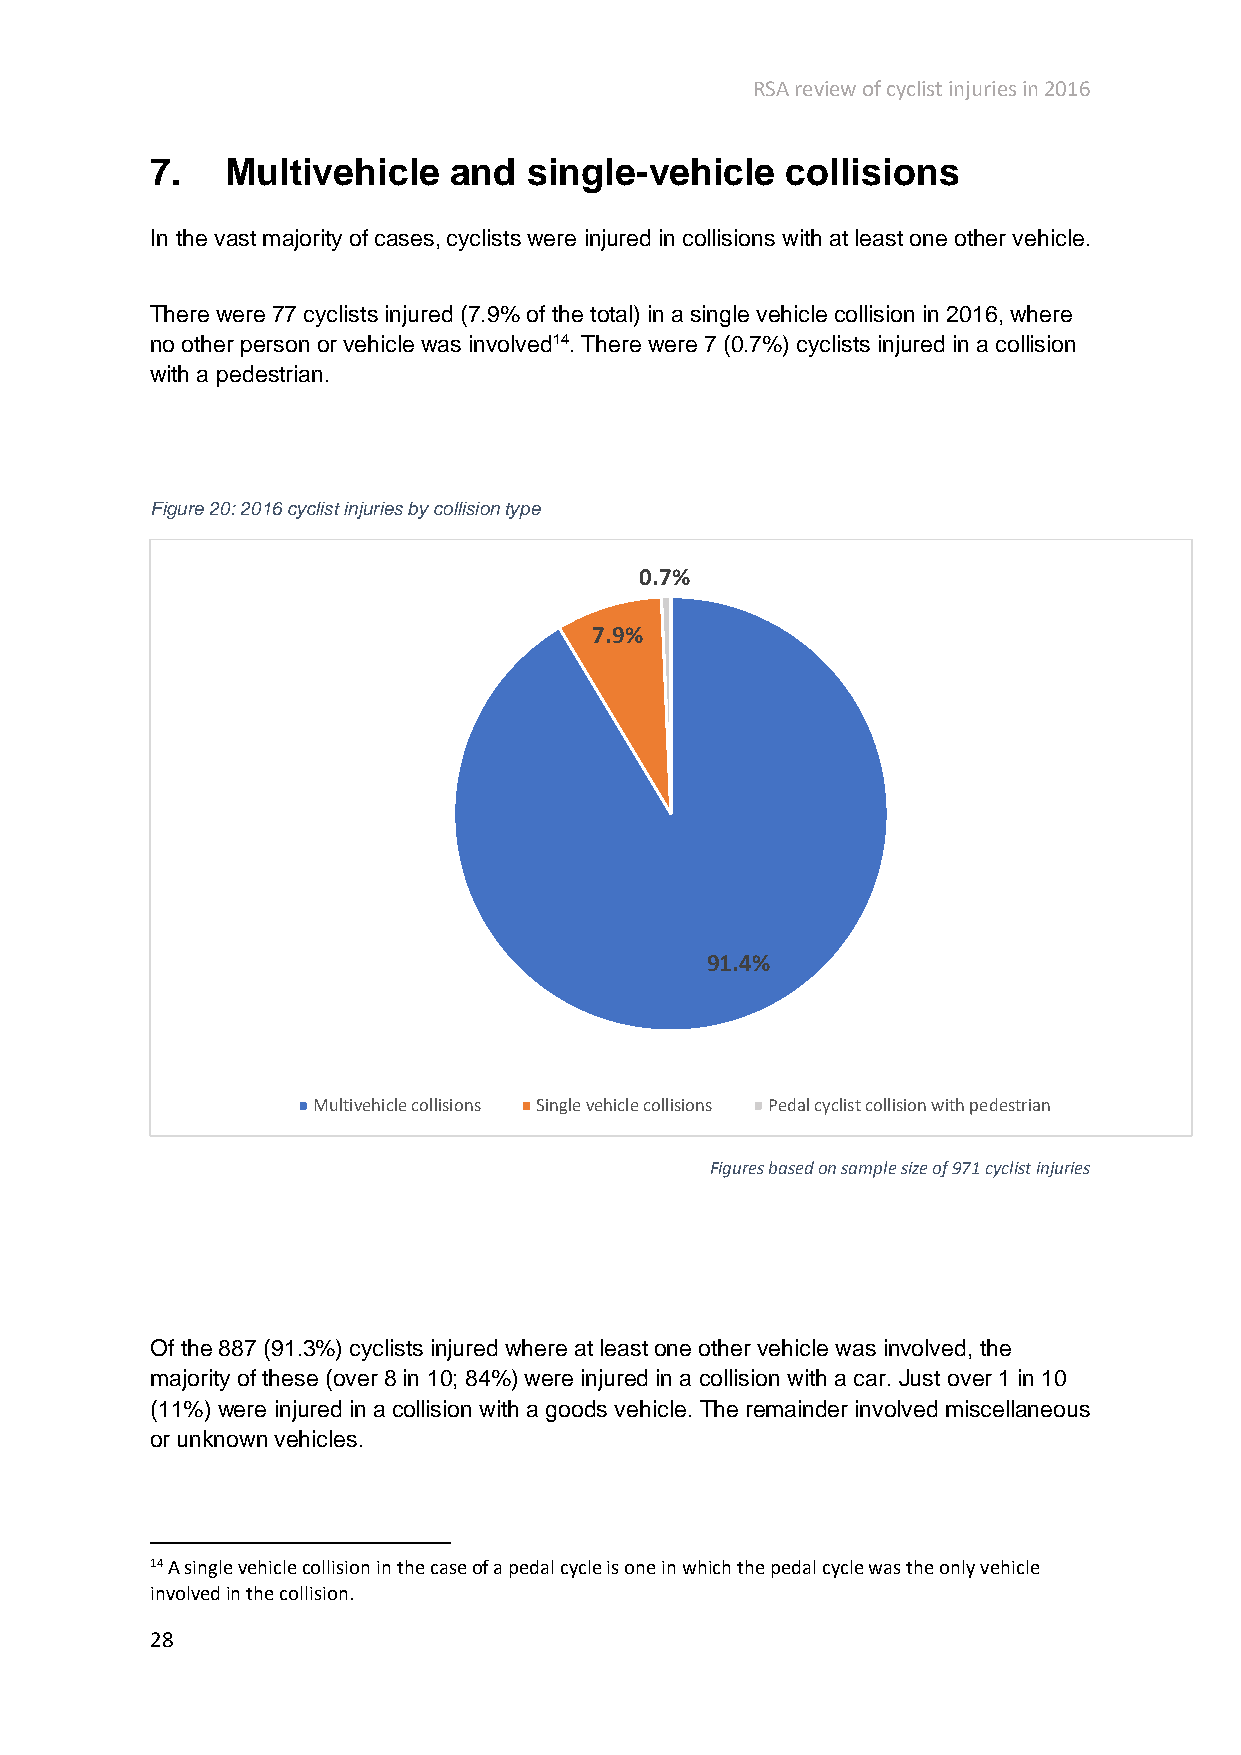
RSA review of cyclist injuries in 2016
 7.   Multivehicle   and  single-vehicle   collisions
 In the vast majority of cases, cyclists were injured in collisions with at least one other vehicle.
 There were 77 cyclists injured (7.9% of the total) in a single vehicle collision in 2016, where
 no other person or vehicle was involved14. There were 7 (0.7%) cyclists injured in a collision
 with a pedestrian.
 Figure 20: 2016 cyclist injuries by collision type
 0.7%
 7.9%
 91.4%
 Multivehicle collisions Single vehicle collisions Pedal cyclist collision with pedestrian
 Figures based on sample size of 971 cyclist injuries
 Of the 887 (91.3%) cyclists injured where at least one other vehicle was involved, the
 majority of these (over 8 in 10; 84%) were injured in a collision with a car. Just over 1 in 10
 (11%) were injured in a collision with a goods vehicle. The remainder involved miscellaneous
 or unknown vehicles.
 14 A single vehicle collision in the case of a pedal cycle is one in which the pedal cycle was the only vehicle
 involved in the collision.
 28